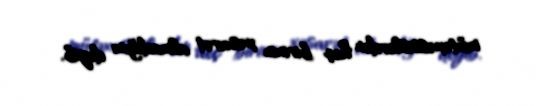
mütəxəssislərdən heç birinin xəsarət almadığını deyib.